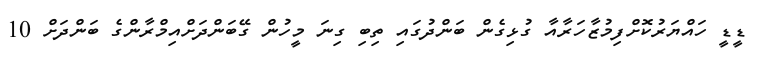
ޑީޑީ ހައްޔަރުކޮށްފިމުޒާހަރާއާ ގުޅިގެން ބަންދުގައި ތިބި ގިނަ މީހުން ގޭބަންދަށްއިމްރާންގެ ބަންދަށް 10